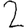
Digit: 2